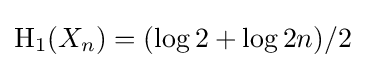
\mathrm {H} _{1}(X_{n})=(\log 2+\log 2n)/2